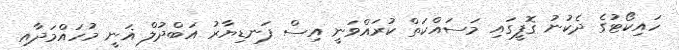
ހައިކޯޓުގެ ދެކުނު ގޮފީގައި މަސައްކަތް ކުރައްވަނީ އިސް ފަނޑިޔާރު އަބްދުލް ޣަނީ މުހައްމަދާއި